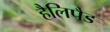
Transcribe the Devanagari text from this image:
हैलिपैड